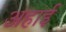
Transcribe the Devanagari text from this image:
अहाई